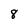
Character: 8